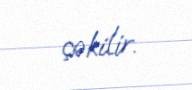
çəkilir.